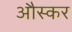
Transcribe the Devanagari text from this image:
औस्कर